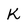
Character: K